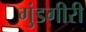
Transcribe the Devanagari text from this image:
गुंडगीरी